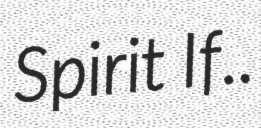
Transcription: Spirit If..